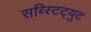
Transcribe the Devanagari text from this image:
सब्स्टिट्युट